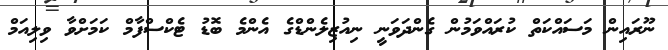
ނޫރައިން މަސައްކަތް ކުރައްވަމުން ގެންދަވަނީ ނިއުޒިލެންޑްގެ އެންމެ ބޮޑު ޓެކްސްފާމް ކަމަށްވާ ވިލިއަމް